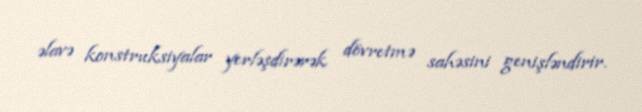
əlavə konstruksiyalar yerləşdirərək dövretmə sahəsini genişləndirir.